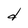
Character: d